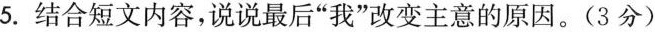
5.结合短文内容，说说最后”我”改变主意的原因。(3分)